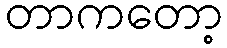
တာကတော့